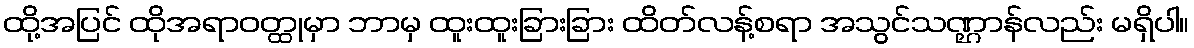
ထို့အပြင် ထိုအရာဝတ္ထုမှာ ဘာမှ ထူးထူးခြားခြား ထိတ်လန့်စရာ အသွင်သဏ္ဌာန်လည်း မရှိပါ။